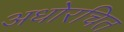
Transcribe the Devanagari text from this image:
अधोरचित